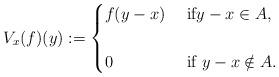
LaTeX: \begin{align*}V_{x}(f)(y):=\begin{cases} f(y-x) & \mbox{ if} y -x \in A,\cr &\cr 0 & \mbox{ if } y-x \notin A. \end{cases}\end{align*}